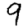
Digit: 9